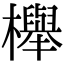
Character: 櫸